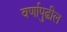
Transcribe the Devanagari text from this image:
वर्णापुढील